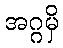
အဂ္ဂမှိ